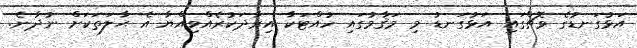
އަޅުގަނޑުގެ ވޮޗްގައި އަޅުގަނޑު މި މަޤާމުގައި ހުއްޓަކާ އިރާދަކުރެއްވިއްޔާ އެ ޙާލަތަކަށް ނުދާނެ.